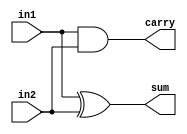
module half_adder_CA(
    sum,carry,in1,in2
);
input in1,in2;
output sum, carry;

assign sum=in1^in2; //Sum of half adder is given by xor of the two inputs
assign carry=in1 & in2; // carry of the two half adder is given by the and of the two inputs
endmodule